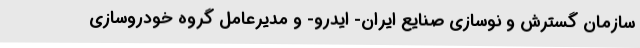
سازمان گسترش و نوسازی صنایع ایران- ایدرو- و مدیرعامل گروه خودروسازی